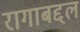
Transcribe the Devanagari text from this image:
रागाबद्दल